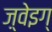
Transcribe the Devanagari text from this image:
ज़्वेइग्